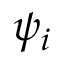
\psi _ { i }